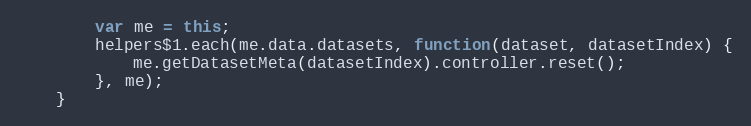
Language: JavaScript
		var me = this;
		helpers$1.each(me.data.datasets, function(dataset, datasetIndex) {
			me.getDatasetMeta(datasetIndex).controller.reset();
		}, me);
	}